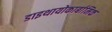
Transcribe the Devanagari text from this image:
डाइथायोकार्बामिक